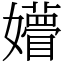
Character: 㜴